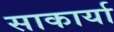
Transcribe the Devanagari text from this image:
साकार्या